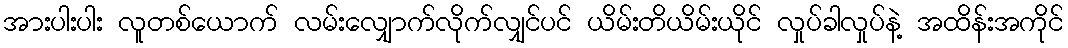
အားပါးပါး လူတစ်ယောက် လမ်းလျှောက်လိုက်လျှင်ပင် ယိမ်းတိယိမ်းယိုင် လှုပ်ခါလှုပ်နဲ့ အထိန်းအကိုင်